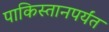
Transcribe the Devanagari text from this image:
पाकिस्तानपर्यंत